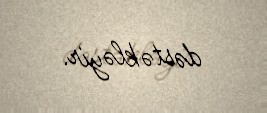
dəstəkləyir.